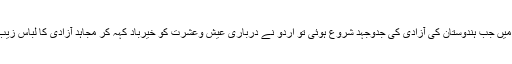
1857 میں جب ہندوستان کی آزادی کی جدوجہد شروع ہوئی تو اردو نے درباری عیش وعشرت کو خیرباد کہہ کر مجاہد آزادی کا لباس زیب تن کیا۔